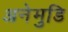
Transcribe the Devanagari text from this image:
अनेमुडि